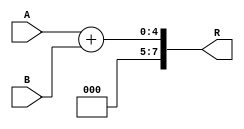
`timescale 1ns / 1ps
//////////////////////////////////////////////////////////////////////////////////
// Company: 
// Engineer: 
// 
// Design Name: 
// Module Name: adder
// Project Name: 
// Target Devices: 
// Tool Versions: 
// Description: 
// 
// Dependencies: 
// 
// Revision:
// Revision 0.01 - File Created
// Additional Comments:
// 
//////////////////////////////////////////////////////////////////////////////////


module adder( input [3:0] A, input [3:0] B, output reg [7:0] R);

always @(*)
begin 
 R = A+B;
 end
  
endmodule